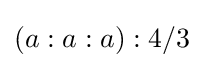
\left(a:a:a\right):4/3